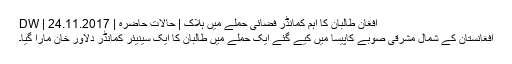
افغان طالبان کا اہم کمانڈر فضائی حملے میں ہلاک | حالات حاضرہ | DW | 24.11.2017
افغانستان کے شمال مشرقی صوبے کاپیسا میں کیے گئے ایک حملے میں طالبان کا ایک سینیئر کمانڈر دلاور خان مارا گیا۔